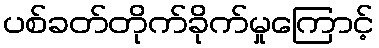
ပစ်ခတ်တိုက်ခိုက်မှုကြောင့်